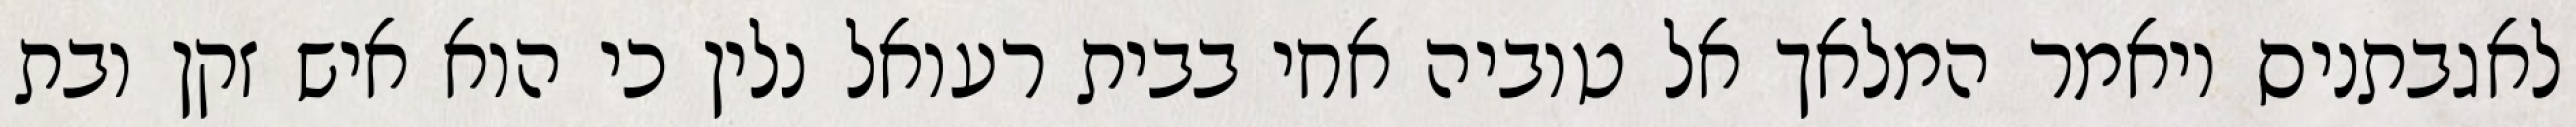
לאגבתניס ויאמר המלאך אל טוביה אחי בבית רעואל נלין כי הוא איש זקן ובת